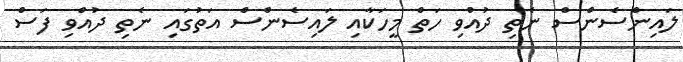
ލައިންސެންސް ނެތި ދުއްވި ހަތް މީހަކާއި ލައިސެންސް އަތުގައި ނެތި ދުއްވި ފަސް